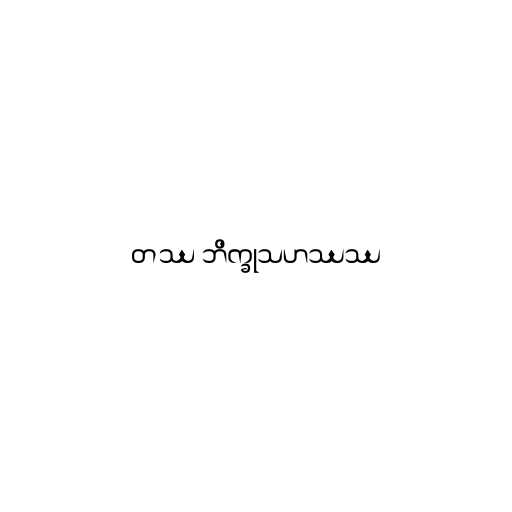
တဿ ဘိက္ခုသဟဿဿ